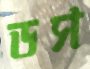
ডস